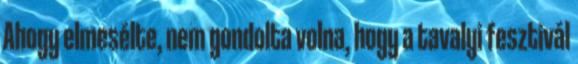
Ahogy elmesélte, nem gondolta volna, hogy a tavalyi fesztivál